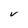
Character: V